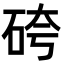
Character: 𥑹